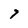
Character: 7